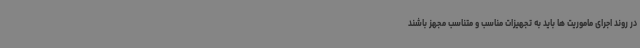
در روند اجرای ماموریت ها باید به تجهیزات مناسب و متناسب مجهز باشند